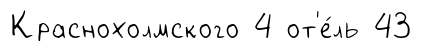
Краснохолмского 4 от'е́ль 43